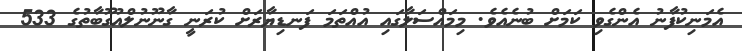
އެމަނިކުފާނު އެންގެވި ކަމަށް ބުނެއެވެ. މިމައްސަލާގައި އުއްތަމަ ފަނޑިޔާރަށް ކުރަނީ ގާނޫނުލްއުގޫބާތުގެ 533